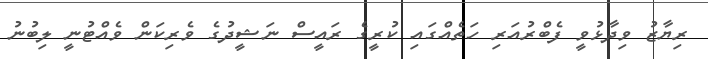
ރިޔާޒު ވިދާޅުވީ ފެބްރުއަރި ހަތެއްގައި ކުރީގެ ރައީސް ނަޝީދުގެ ވެރިކަން ވެއްޓުނީ ލިބުނު